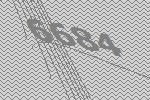
6684